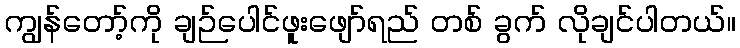
ကျွန်တော့်ကို ချဉ်ပေါင်ဖူးဖျော်ရည် တစ် ခွက် လိုချင်ပါတယ်။